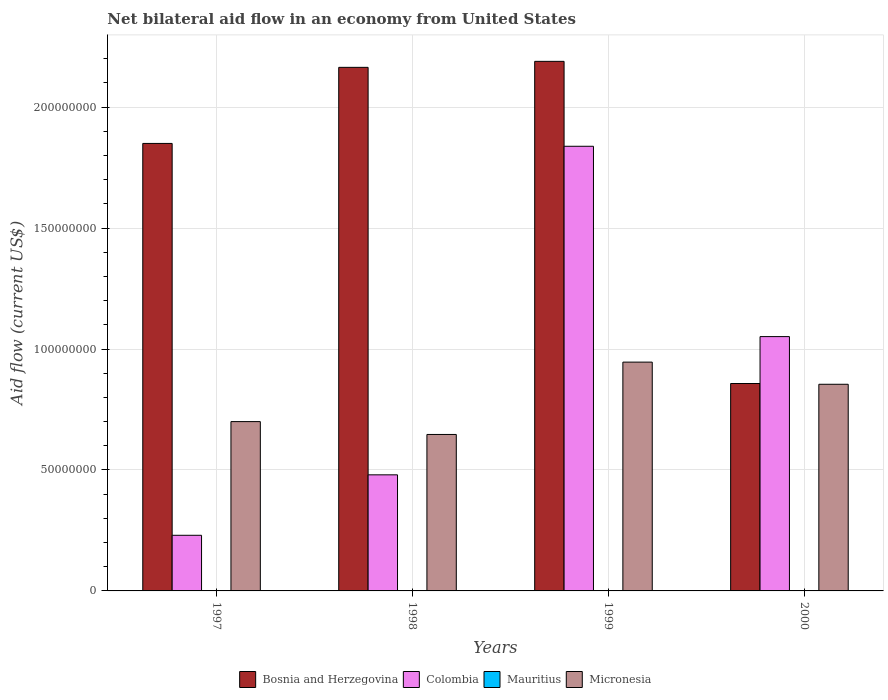
| Years | Bosnia and Herzegovina | Colombia | Mauritius | Micronesia |
 | --- | --- | --- | --- | --- |
 | 1997 | 1.85e+08 | 2.3e+07 | -1e+06 | 7e+07 |
 | 1998 | 2.16e+08 | 4.8e+07 | -7.3e+05 | 6.47e+07 |
 | 1999 | 2.19e+08 | 1.84e+08 | -6.9e+05 | 9.46e+07 |
 | 2000 | 8.58e+07 | 1.05e+08 | -6e+05 | 8.54e+07 |